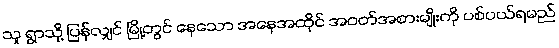
သူ ရွာသို့ ပြန်လျှင် မြို့တွင် နေသော အနေအထိုင် အဝတ်အစားမျိုးကို ပစ်ပယ်ရမည်